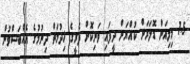
1.5 މިލިއަން ޑޮލަރަށް ކުއްޔަށް ދީފައި ވަނިކޮށް ފެރީގެ ޚިދުމަތް ދިނުމުގެ އެއްބަސްވުން